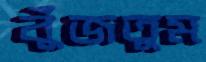
বুঁজতুম